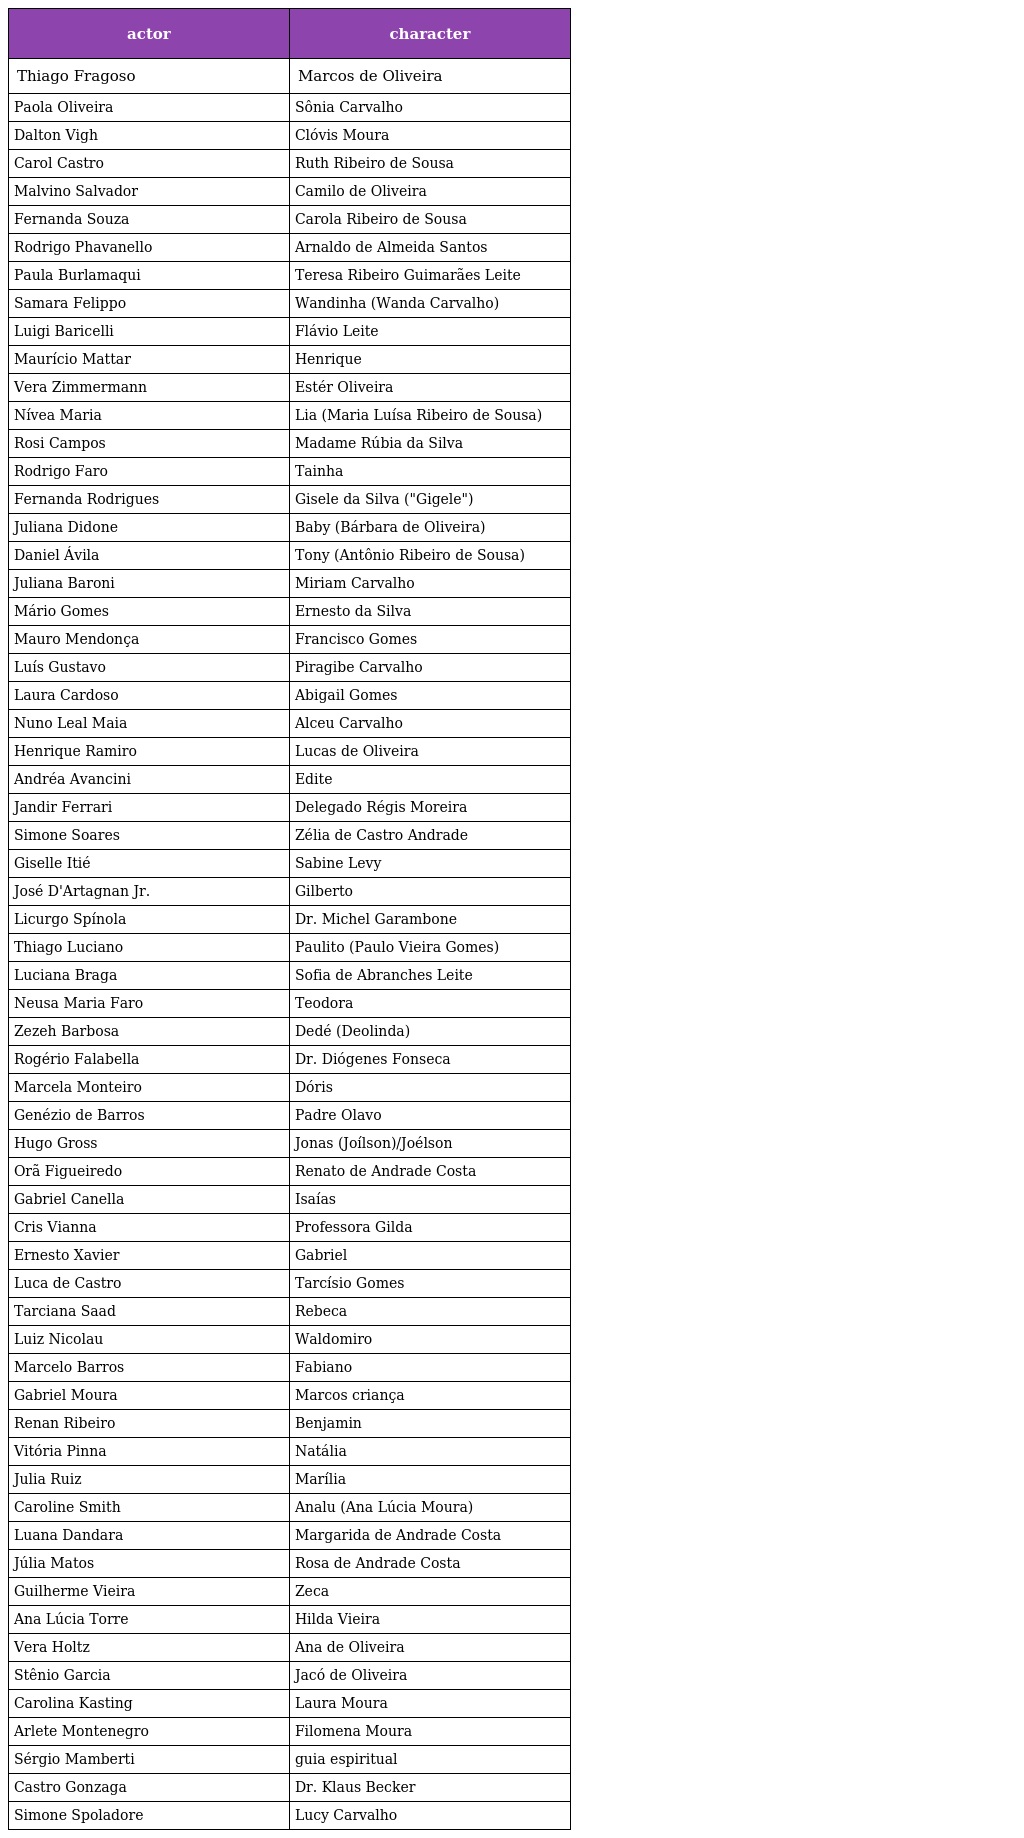
| actor | character |
 | --- | --- |
 | Thiago Fragoso | Marcos de Oliveira |
 | Paola Oliveira | Sônia Carvalho |
 | Dalton Vigh | Clóvis Moura |
 | Carol Castro | Ruth Ribeiro de Sousa |
 | Malvino Salvador | Camilo de Oliveira |
 | Fernanda Souza | Carola Ribeiro de Sousa |
 | Rodrigo Phavanello | Arnaldo de Almeida Santos |
 | Paula Burlamaqui | Teresa Ribeiro Guimarães Leite |
 | Samara Felippo | Wandinha (Wanda Carvalho) |
 | Luigi Baricelli | Flávio Leite |
 | Maurício Mattar | Henrique |
 | Vera Zimmermann | Estér Oliveira |
 | Nívea Maria | Lia (Maria Luísa Ribeiro de Sousa) |
 | Rosi Campos | Madame Rúbia da Silva |
 | Rodrigo Faro | Tainha |
 | Fernanda Rodrigues | Gisele da Silva ("Gigele") |
 | Juliana Didone | Baby (Bárbara de Oliveira) |
 | Daniel Ávila | Tony (Antônio Ribeiro de Sousa) |
 | Juliana Baroni | Miriam Carvalho |
 | Mário Gomes | Ernesto da Silva |
 | Mauro Mendonça | Francisco Gomes |
 | Luís Gustavo | Piragibe Carvalho |
 | Laura Cardoso | Abigail Gomes |
 | Nuno Leal Maia | Alceu Carvalho |
 | Henrique Ramiro | Lucas de Oliveira |
 | Andréa Avancini | Edite |
 | Jandir Ferrari | Delegado Régis Moreira |
 | Simone Soares | Zélia de Castro Andrade |
 | Giselle Itié | Sabine Levy |
 | José D'Artagnan Jr. | Gilberto |
 | Licurgo Spínola | Dr. Michel Garambone |
 | Thiago Luciano | Paulito (Paulo Vieira Gomes) |
 | Luciana Braga | Sofia de Abranches Leite |
 | Neusa Maria Faro | Teodora |
 | Zezeh Barbosa | Dedé (Deolinda) |
 | Rogério Falabella | Dr. Diógenes Fonseca |
 | Marcela Monteiro | Dóris |
 | Genézio de Barros | Padre Olavo |
 | Hugo Gross | Jonas (Joílson)/Joélson |
 | Orã Figueiredo | Renato de Andrade Costa |
 | Gabriel Canella | Isaías |
 | Cris Vianna | Professora Gilda |
 | Ernesto Xavier | Gabriel |
 | Luca de Castro | Tarcísio Gomes |
 | Tarciana Saad | Rebeca |
 | Luiz Nicolau | Waldomiro |
 | Marcelo Barros | Fabiano |
 | Gabriel Moura | Marcos criança |
 | Renan Ribeiro | Benjamin |
 | Vitória Pinna | Natália |
 | Julia Ruiz | Marília |
 | Caroline Smith | Analu (Ana Lúcia Moura) |
 | Luana Dandara | Margarida de Andrade Costa |
 | Júlia Matos | Rosa de Andrade Costa |
 | Guilherme Vieira | Zeca |
 | Ana Lúcia Torre | Hilda Vieira |
 | Vera Holtz | Ana de Oliveira |
 | Stênio Garcia | Jacó de Oliveira |
 | Carolina Kasting | Laura Moura |
 | Arlete Montenegro | Filomena Moura |
 | Sérgio Mamberti | guia espiritual |
 | Castro Gonzaga | Dr. Klaus Becker |
 | Simone Spoladore | Lucy Carvalho |